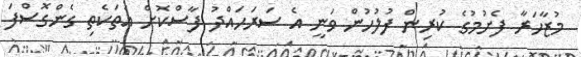
މުޒާހަރާ ފެށުމުގެ ކުރިން ފުލުހުން ވަނީ އެ ސަރަހައްދު ފާސްކޮށް އެތަކެތި ގެންގޮސްފަ